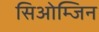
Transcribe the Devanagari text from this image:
सिओम्जिन